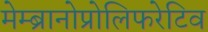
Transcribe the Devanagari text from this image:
मेम्ब्रानोप्रोलिफरेटिव